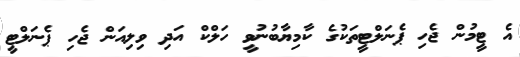
އެ ޓީމުން ޖެހި ޕެނަލްޓީތަކުގެ ކާމިޔާބުނުވީ ހަލްކް އަދި ވިލިއަން ޖެހި ޕެނަލްޓީ